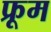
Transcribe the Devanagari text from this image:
फ्रूम